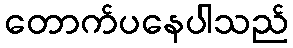
တောက်ပနေပါသည်